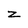
Character: z